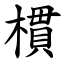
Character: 樌